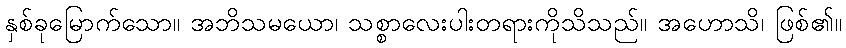
နှစ်ခုမြောက်သော။ အဘိသမယော၊ သစ္စာလေးပါးတရားကိုသိသည်။ အဟောသိ၊ ဖြစ်၏။